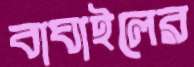
বাঘাইলের